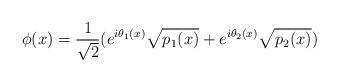
LaTeX: \begin{align*}\phi(x)= \frac{1}{\sqrt{2}} (e^{i \theta_1(x)}\sqrt{p_1(x)} + e^{i \theta_2(x)}\sqrt{p_2(x)})\end{align*}